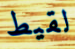
لقيط